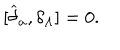
\lbrack \widehat { \delta } _ { a } , \delta _ { \Lambda } ] = 0 .